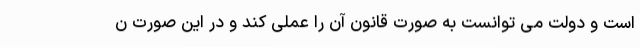
است و دولت می توانست به صورت قانون آن را عملی کند و در این صورت ن